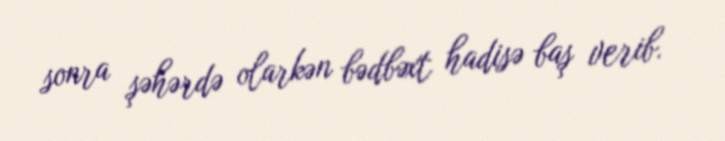
sonra şəhərdə olarkən bədbəxt hadisə baş verib.